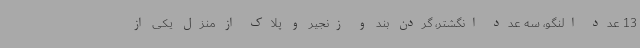
13 عدد النگو، سه عدد انگشتر، گردن بند و زنجیر و پلاک از منزل یکی از